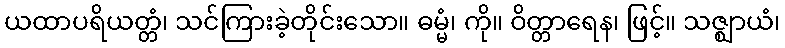
ယထာပရိယတ္တံ၊ သင်ကြားခဲ့တိုင်းသော။ ဓမ္မံ၊ ကို။ ဝိတ္တာရေန၊ ဖြင့်။ သဇ္ဈာယံ၊